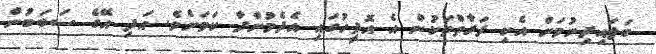
ބަލައިދިނުމަށް އެކި ފަރާތްތަކުން އެ އޮފީހުގައި އެދެމުންދާ ކަމަށެވެ. އަދި އޭގެ ސަބަބުން